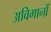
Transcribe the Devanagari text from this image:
अविगानों